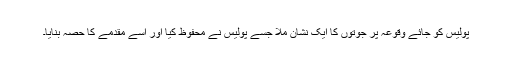
پولیس کو جائے وقوعہ پر جوتوں کا ایک نشان ملا جسے پولیس نے محفوظ کیا اور اسے مقدمے کا حصہ بنایا۔